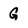
Character: G